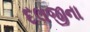
દલજીના